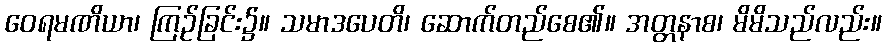
ဝေရမဏိယာ၊ ကြဉ်ခြင်း၌။ သမာဒပေတိ၊ ဆောက်တည်စေ၏။ အတ္တနာစ၊ မိမိသည်လည်း။